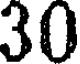
30